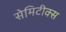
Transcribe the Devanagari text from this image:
सेमिटीक्स